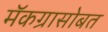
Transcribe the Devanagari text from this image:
मॅकग्रासोबत